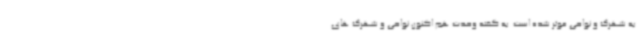
به شهرک و نواحی موثر شده است. به گفته وحدت هم اکنون نواحی و شهرک های